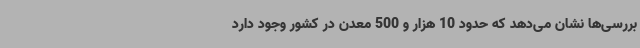
بررسی‌ها نشان می‌دهد که حدود 10 هزار و 500 معدن در کشور وجود دارد